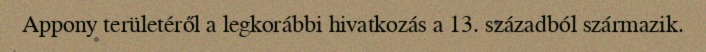
Appony területéről a legkorábbi hivatkozás a 13. századból származik.